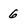
Character: 6